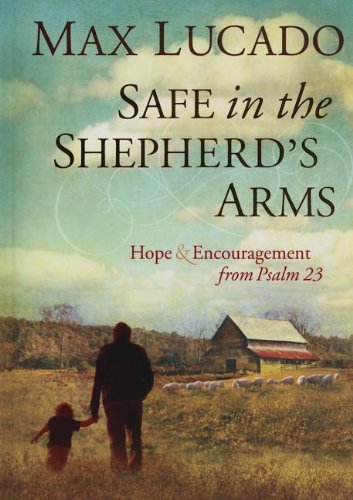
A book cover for Safe in the Shepherd's Arms: Hope and   Encouragement from Psalm 23; Max Lucado; Christian Books & Bibles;